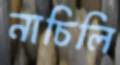
নাচিলি